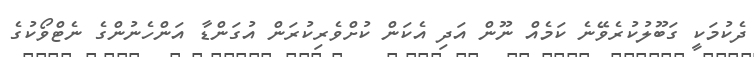
ދެކުމަކީ ގަބޫލުކުރެވޭނެ ކަމެއް ނޫން އަދި އެކަން ކުށްވެރިކުރަން އުގަންޑާ އަންހެނުންގެ ނެޓްވޯކުގެ